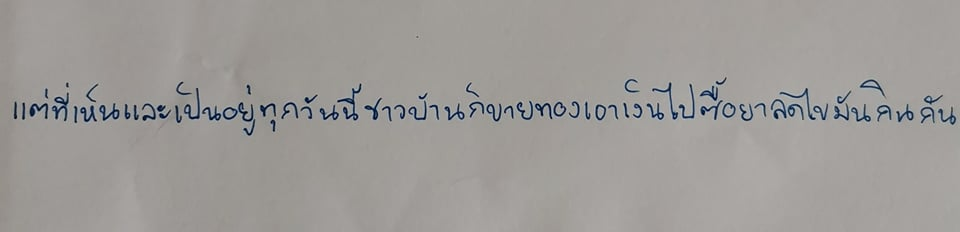
แต่ที่เห็นและเป็นอยู่ทุกวันนี้ชาวบ้านก็ขายทองเอาเงินไปซื้อยาลดไขมันกินกัน